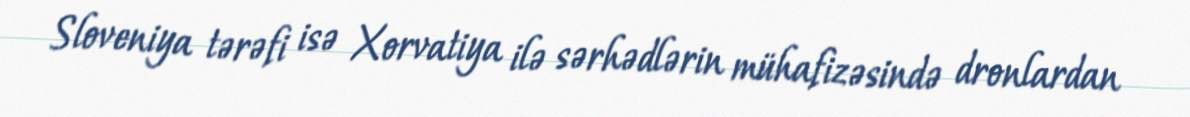
Sloveniya tərəfi isə Xorvatiya ilə sərhədlərin mühafizəsində dronlardan